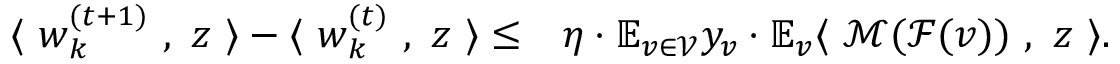
\begin{array} { r l } { \langle ~ { \boldsymbol w } _ { k } ^ { ( t + 1 ) } ~ , ~ { \boldsymbol z } ~ \rangle - \langle ~ { \boldsymbol w } _ { k } ^ { ( t ) } ~ , ~ { \boldsymbol z } ~ \rangle \le } & { \eta \cdot \mathbb { E } _ { v \in \mathcal { V } } y _ { v } \cdot \mathbb { E } _ { v } \langle ~ \mathcal { M } ( \mathcal { F } ( v ) ) ~ , ~ { \boldsymbol z } ~ \rangle . } \end{array}